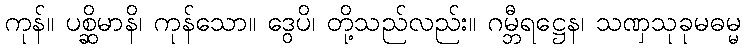
ကုန်။ ပစ္ဆိမာနိ၊ ကုန်သော။ ဒွေပိ၊ တို့သည်လည်း။ ဂမ္ဘီရဋ္ဌေန၊ သဏှသုခုမဓမ္မ